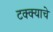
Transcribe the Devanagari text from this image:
टक्क्याचे